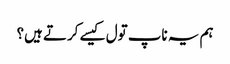
ہم یہ ناپ تول کیسے کرتے ہیں؟